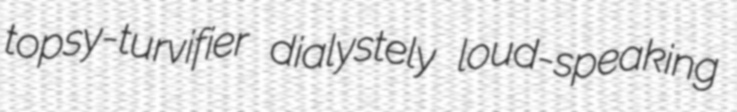
topsy-turvifier dialystely loud-speaking